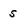
Character: 5